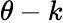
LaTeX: \theta-k